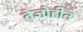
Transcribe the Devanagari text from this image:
तेजोहीन